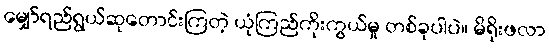
မျှော်ရည်ရွယ်ဆုတောင်းကြတဲ့ ယုံကြည်ကိုးကွယ်မှု တစ်ခုပါပဲ။ မိရိုးဖလာ